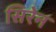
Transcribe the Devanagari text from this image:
सिरेन